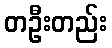
တဦးတည်း